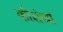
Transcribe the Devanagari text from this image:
कौशंव्यां